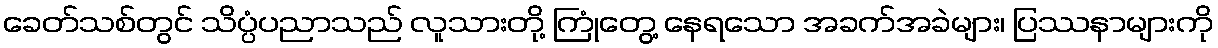
ခေတ်သစ်တွင် သိပ္ပံပညာသည် လူသားတို့ ကြုံတွေ့ နေရသော အခက်အခဲများ၊ ပြဿနာများကို